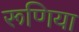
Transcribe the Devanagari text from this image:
रूणिया